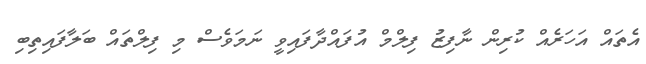
އެތައް އަހަރެއް ކުރިން ނާފިޒު ފިލްމް އުފައްދާފައިވީ ނަމަވެސް މި ފިލްތައް ބަލާފައިތިބި